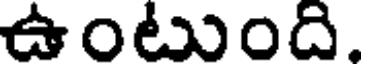
ఉంటుంది.